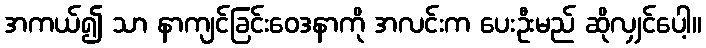
အကယ်၍ သာ နာကျင်ခြင်းဝေဒနာကို အလင်းက ပေးဦးမည် ဆိုလျှင်ပေါ့။